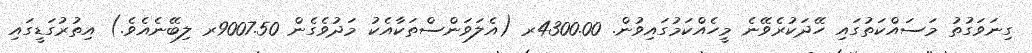
ގިނަވަގުތު މަސައްކަތުގައި ހޭދަކުރެވޭނެ މީހެއްކަމުގައިވުން. 4300.00ރ (އެލަވަންސްތަކާއެކު މަދުވެގެން 9007.50ރ ލިބޭނެއެވެ.) އިތުރުގަޑީގައި